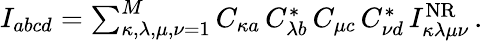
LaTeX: \begin{array}{r}{I_{abcd}=\sum_{\kappa,\lambda,\mu,\nu=1}^{M}C_{\kappa a}\, C_{\lambda b}^{*}\, C_{\mu c}\, C_{\nu d}^{*}\, I_{\kappa\lambda\mu\nu}^{\mathrm{NR}}\, .}\end{array}